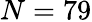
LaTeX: N=79